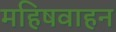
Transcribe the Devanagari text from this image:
महिषवाहन